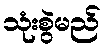
သုံးစွဲမည်